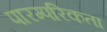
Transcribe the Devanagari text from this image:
पारम्परिकता